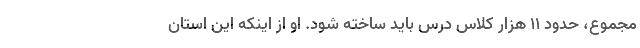
مجموع، حدود ۱۱ هزار کلاس درس باید ساخته شود. او از اینکه این استان